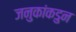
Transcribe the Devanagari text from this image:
जनुकांकडुन